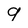
Character: 9